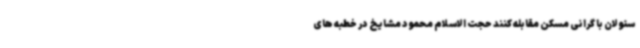
سئولان با گرانی مسکن مقابله کنند حجت الاسلام محمود مشایخ در خطبه های